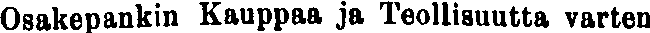
Osakepankin Kauppaa ja Teollisuutta varten